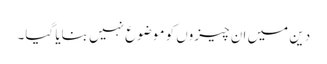
دین میں ان چیزوں کو موضوع نہیں بنایا گیا۔